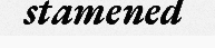
stamened